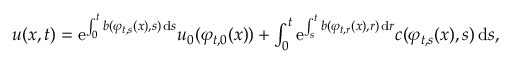
\begin{array} { r } { u ( x , t ) = \mathrm { e } ^ { \int _ { 0 } ^ { t } b ( \varphi _ { t , s } ( x ) , s ) \, \mathrm { d } s } u _ { 0 } ( \varphi _ { t , 0 } ( x ) ) + \int _ { 0 } ^ { t } \mathrm { e } ^ { \int _ { s } ^ { t } b ( \varphi _ { t , r } ( x ) , r ) \, \mathrm { d } r } c ( \varphi _ { t , s } ( x ) , s ) \, \mathrm { d } s , } \end{array}